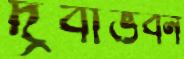
দ্রবীভবন